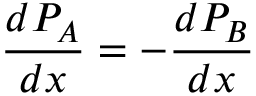
{ \frac { d P _ { A } } { d x } } = - { \frac { d P _ { B } } { d x } }